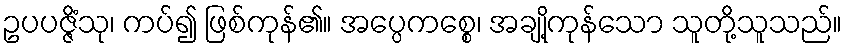
ဥပပဇ္ဇိံသု၊ ကပ်၍ ဖြစ်ကုန်၏။ အပ္ပေကစ္စေ၊ အချို့ကုန်သော သူတို့သူသည်။